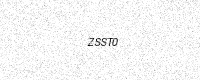
Text: ZSST0